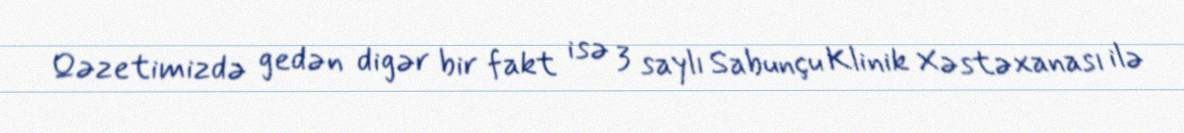
Qəzetimizdə gedən digər bir fakt isə 3 saylı Sabunçu Klinik Xəstəxanası ilə